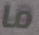
ما